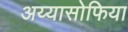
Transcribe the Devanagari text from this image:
अय्यासोफिया